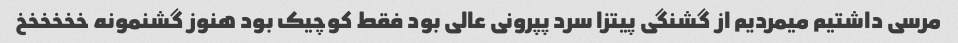
مرسی داشتیم میمردیم از گشنگی پیتزا سرد پپرونی عالی بود فقط کوچیک بود هنوز گشنمونه خخخخخخ